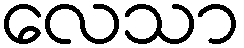
လေသာ